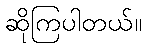
ဆိုကြပါတယ်။